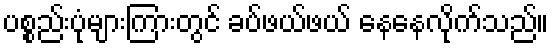
ပစ္စည်းပုံများကြားတွင် ခပ်ဖယ်ဖယ် နေနေလိုက်သည်။